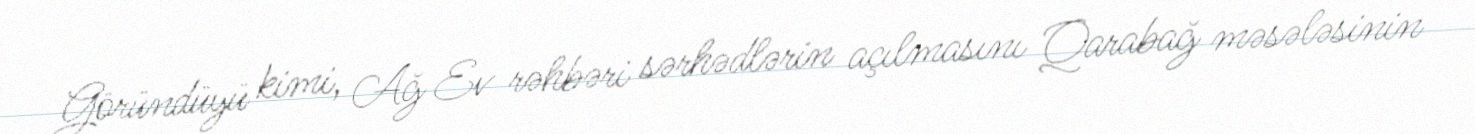
Göründüyü kimi, Ağ Ev rəhbəri sərhədlərin açılmasını Qarabağ məsələsinin